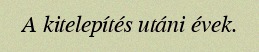
A kitelepítés utáni évek.